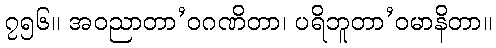
၇၅၆။ အဝညာတာ’ဝဂဏိတာ၊ ပရိဘူတာ’ဝမာနိတာ။